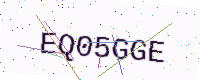
Text: EQ05GGE